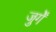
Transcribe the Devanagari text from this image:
जुर्गें